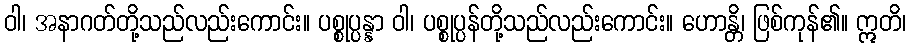
ဝါ၊ အနာဂတ်တို့သည်လည်းကောင်း။ ပစ္စုပ္ပန္နာ ဝါ၊ ပစ္စုပ္ပန်တို့သည်လည်းကောင်း။ ဟောန္တိ၊ ဖြစ်ကုန်၏။ ဣတိ၊